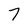
Character: 7